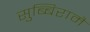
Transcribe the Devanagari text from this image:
सुब्बिरामै